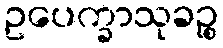
ဥပေက္ခာသုခဉ္စ